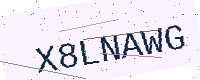
Text: X8LNAWG